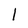
Character: 1